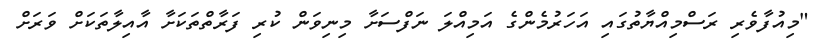
"މިއުފާވެރި ރަސްމިއްޔާތުގައި އަހަރުމެންގެ އަމިއްލަ ނަފްސަށާ މިނިވަން ކުރި ފަރާތްތަކަށާ އާއިލާތަކަށް ވަރަށް